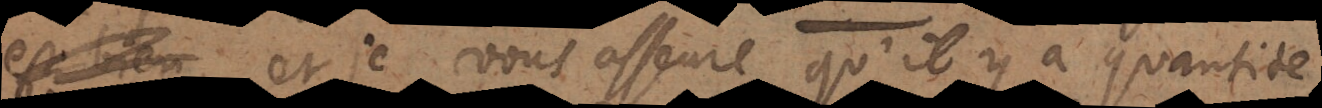
et je vous asseure qu’il y a quantité